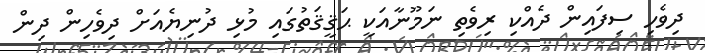
ދިވެހި ސިފައިން ދެއްކި ރިވެތި ނަމޫނާއަކީ ޙަޤީޤަތުގައި މުޅި ދުނިޔެއަށް ދިވެހިން ދިން